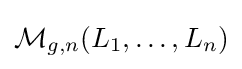
{\mathcal {M}}_{g,n}(L_{1},\dots ,L_{n})